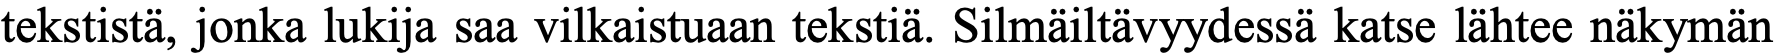
tekstistä, jonka lukija saa vilkaistuaan tekstiä. Silmäiltävyydessä katse lähtee näkymän